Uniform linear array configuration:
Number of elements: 16
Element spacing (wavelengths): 0.25
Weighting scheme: hamming
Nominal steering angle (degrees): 30
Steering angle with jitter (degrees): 28.157
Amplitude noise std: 0.05
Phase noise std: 0.05

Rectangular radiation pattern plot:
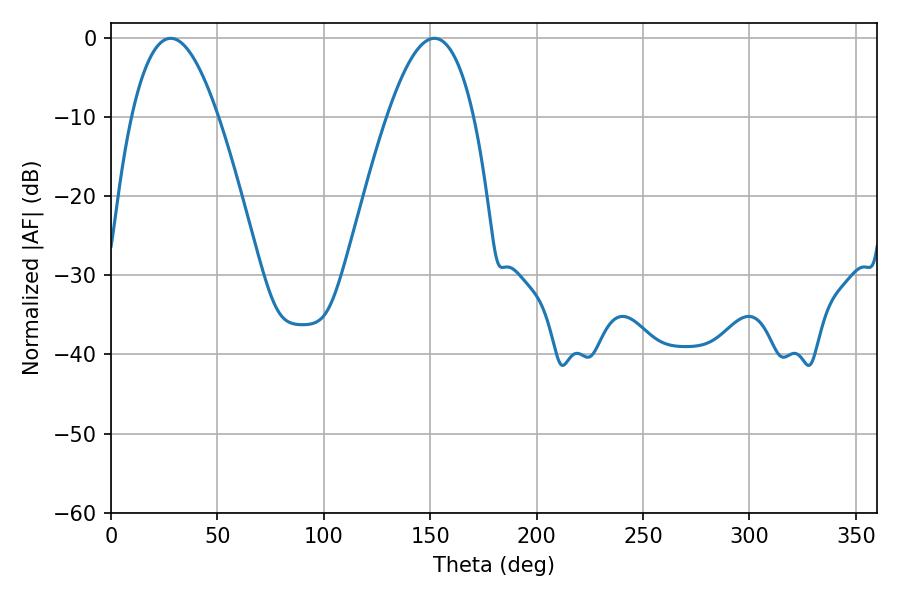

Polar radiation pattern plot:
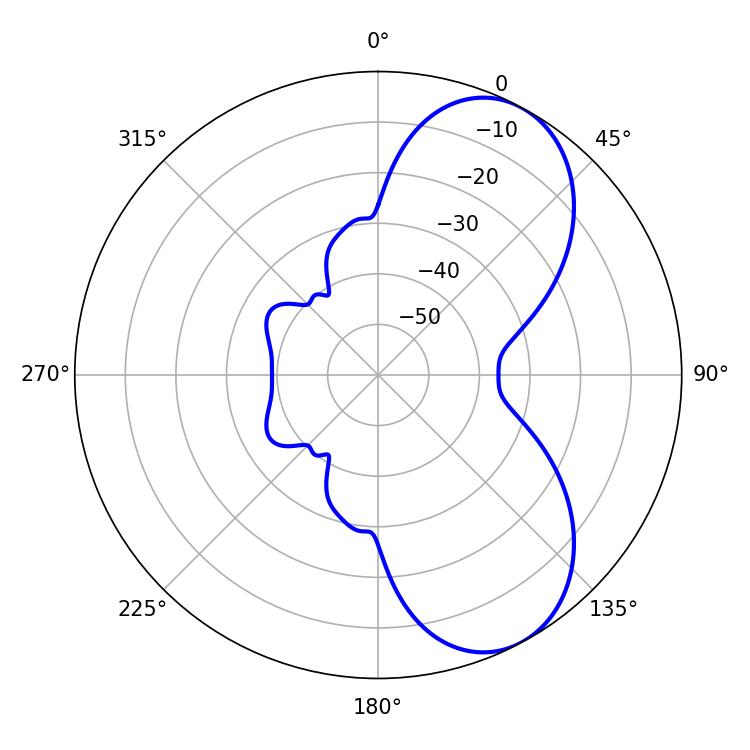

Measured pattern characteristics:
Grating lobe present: FALSE
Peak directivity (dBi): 6.943
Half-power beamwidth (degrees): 22.32
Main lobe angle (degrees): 28.08